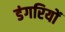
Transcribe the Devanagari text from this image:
डंगरियों